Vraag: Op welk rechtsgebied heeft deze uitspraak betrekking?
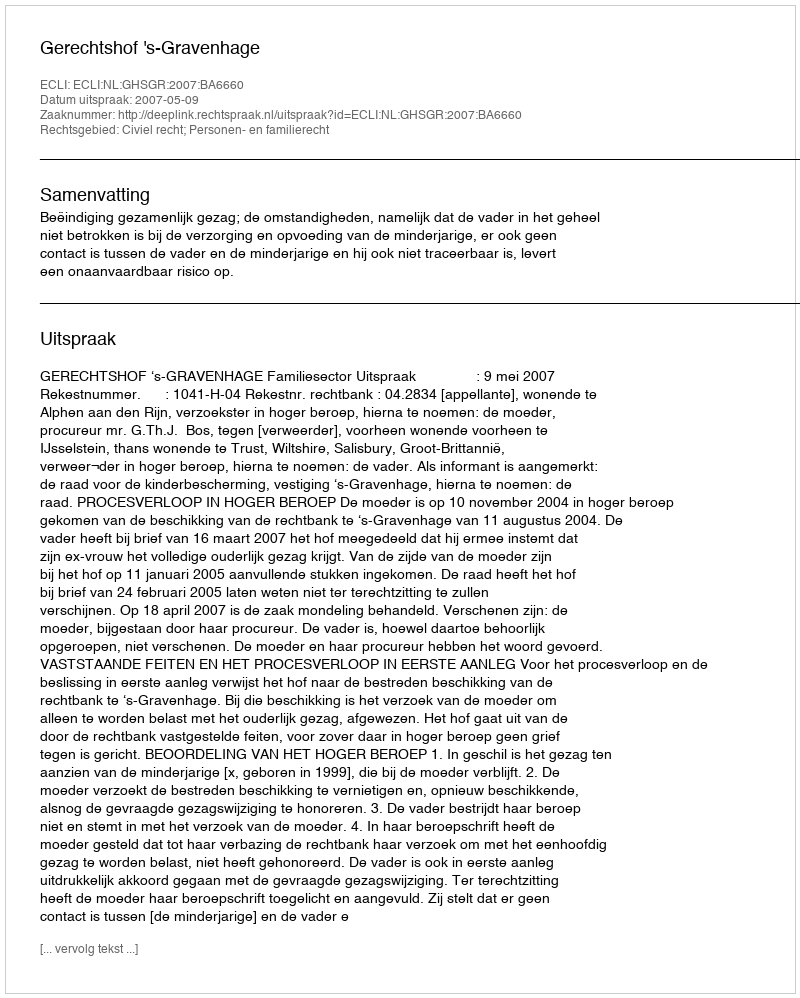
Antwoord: Civiel recht; Personen- en familierecht